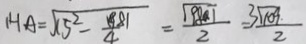
1 4 A = \sqrt { 1 5 ^ { 2 } - \frac { 8 1 } { 4 } } = \frac { 9 8 1 } { 2 } = \frac { 3 \sqrt { 1 0 9 } } { 2 }